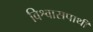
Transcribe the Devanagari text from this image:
विश्वासपार्थी